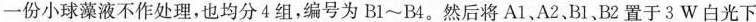
一份小球藻液不作处理，也均分4组，编号为Bl~B4。然后将A1、A2、B1、B2置于3W白光下